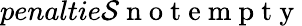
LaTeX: penaltie\mathcal{S}\mathrm{{~n~o~t~e~m~p~t~y~}}